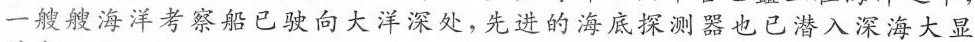
一艘艘海洋考察船已驶向大洋深处，先进的海底探测器也已潜入深海大显